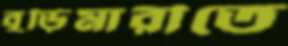
বুড়িমারীতে